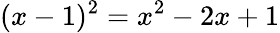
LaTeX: (x-1)^{2}=x^{2}-2x+1